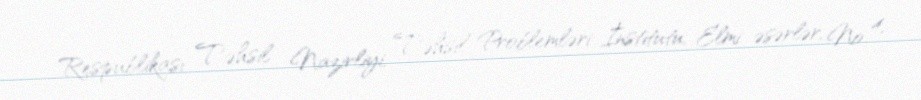
Respublikası Təhsil Nazirliyi, Təhsil Problemləri İnstitutu, Elmi əsərlər, № 4,